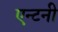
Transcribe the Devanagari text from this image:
एन्टनी